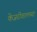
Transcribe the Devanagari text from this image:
केजरीवालच्या